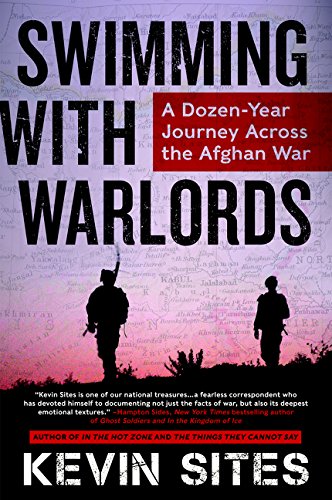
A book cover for Swimming with Warlords: A Dozen-Year Journey Across the Afghan War; Kevin Sites; Travel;